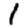
Digit: 1